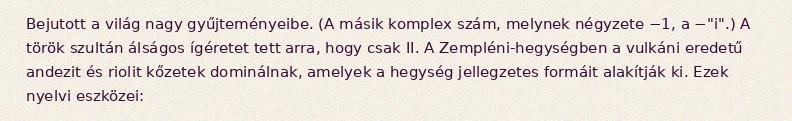
Bejutott a világ nagy gyűjteményeibe. (A másik komplex szám, melynek négyzete −1, a −"i".) A török szultán álságos ígéretet tett arra, hogy csak II. A Zempléni-hegységben a vulkáni eredetű andezit és riolit kőzetek dominálnak, amelyek a hegység jellegzetes formáit alakítják ki. Ezek nyelvi eszközei: